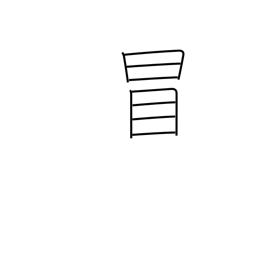
Meaning: dare